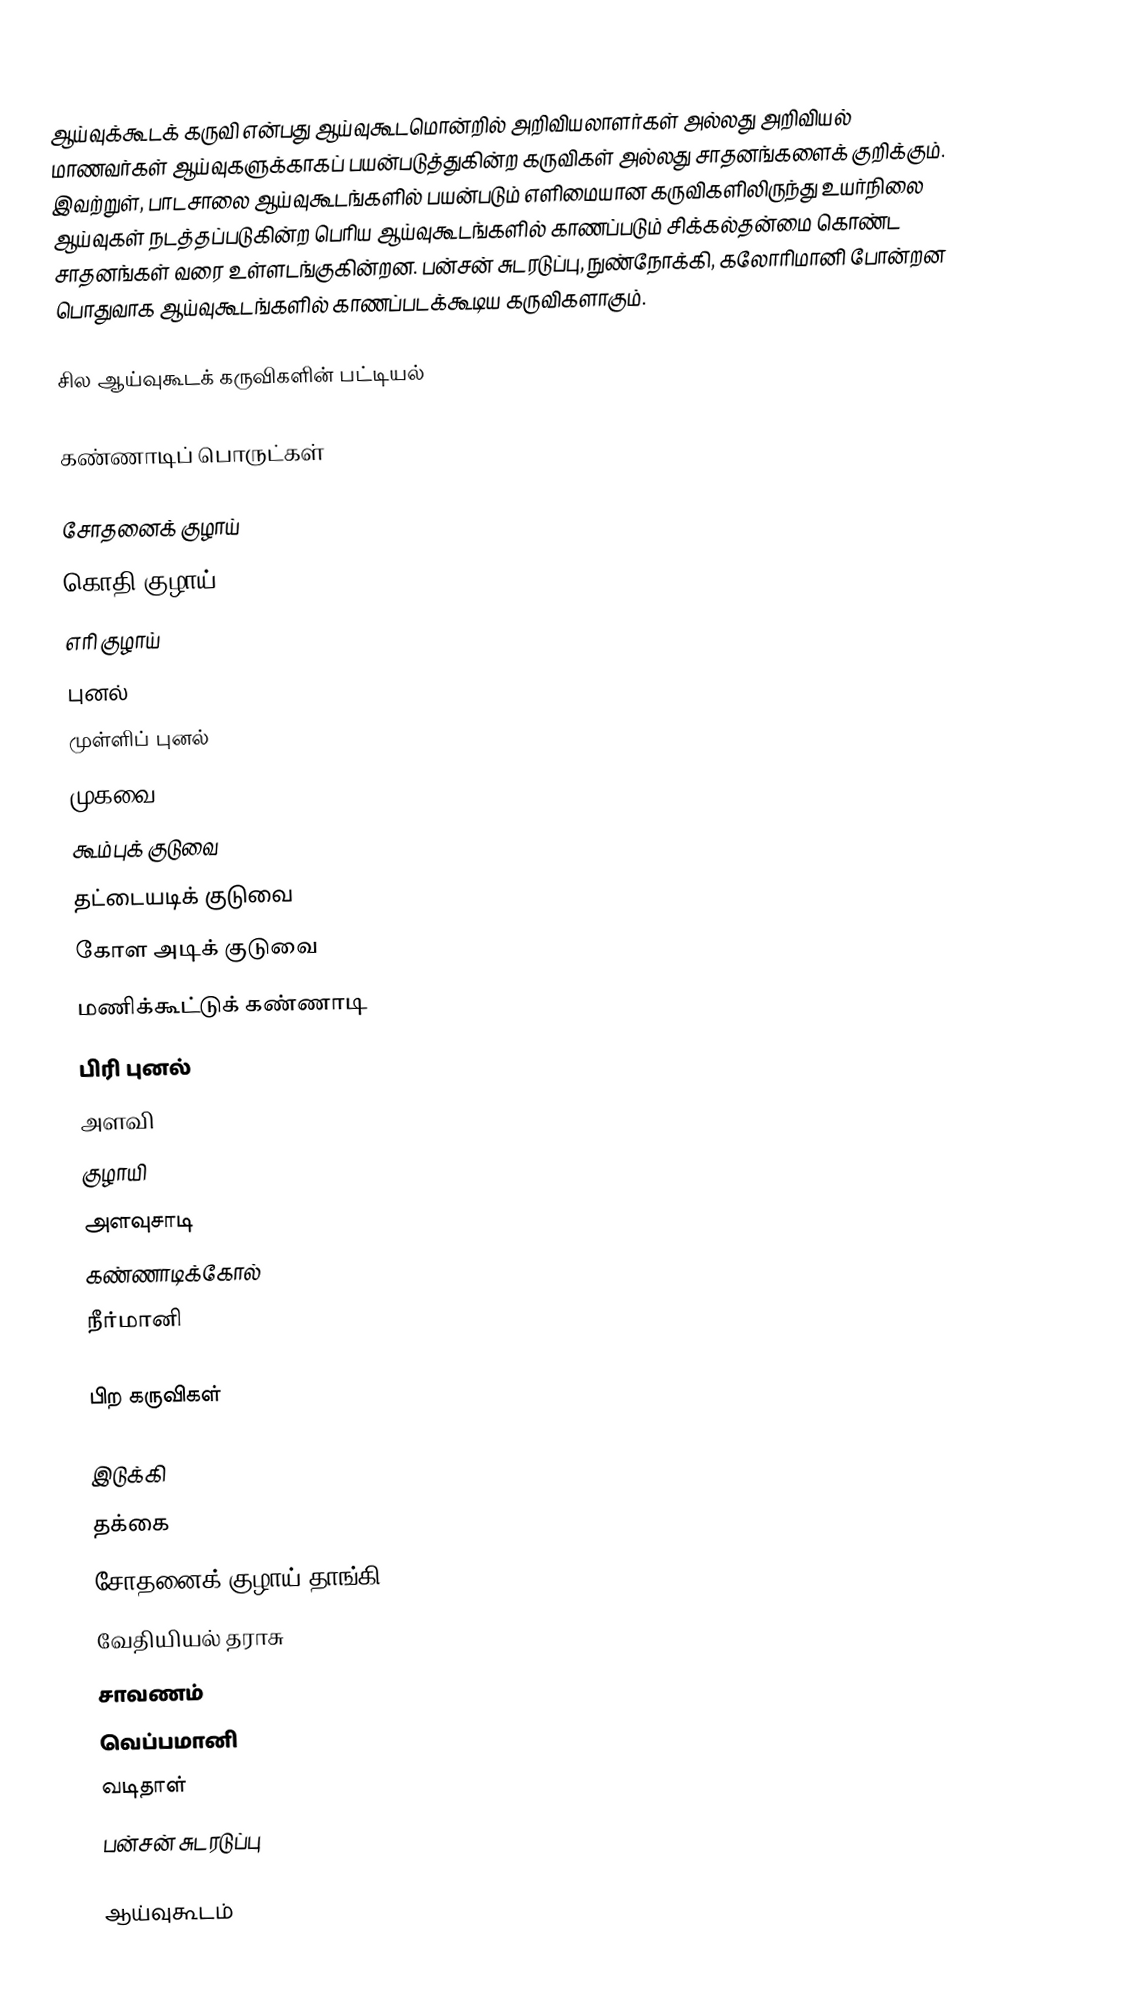
ஆய்வுக்கூடக் கருவி என்பது ஆய்வுகூடமொன்றில் அறிவியலாளர்கள் அல்லது அறிவியல் மாணவர்கள் ஆய்வுகளுக்காகப் பயன்படுத்துகின்ற கருவிகள் அல்லது சாதனங்களைக் குறிக்கும். இவற்றுள், பாடசாலை ஆய்வுகூடங்களில் பயன்படும் எளிமையான கருவிகளிலிருந்து உயர்நிலை ஆய்வுகள் நடத்தப்படுகின்ற பெரிய ஆய்வுகூடங்களில் காணப்படும் சிக்கல்தன்மை கொண்ட சாதனங்கள் வரை உள்ளடங்குகின்றன. பன்சன் சுடரடுப்பு, நுண்நோக்கி, கலோரிமானி போன்றன பொதுவாக ஆய்வுகூடங்களில் காணப்படக்கூடிய கருவிகளாகும்.

சில ஆய்வுகூடக் கருவிகளின் பட்டியல்

கண்ணாடிப் பொருட்கள்

 சோதனைக் குழாய்
 கொதி குழாய்
 எரி குழாய்
 புனல்
 முள்ளிப் புனல்
 முகவை
 கூம்புக் குடுவை
 தட்டையடிக் குடுவை
 கோள அடிக் குடுவை
 மணிக்கூட்டுக் கண்ணாடி
 பிரி புனல்
 அளவி
 குழாயி
 அளவுசாடி
 கண்ணாடிக்கோல்
 நீர்மானி

பிற கருவிகள்

 இடுக்கி
 தக்கை
 சோதனைக் குழாய் தாங்கி
 வேதியியல் தராசு
 சாவணம்
 வெப்பமானி
 வடிதாள்
 பன்சன் சுடரடுப்பு

ஆய்வுகூடம்